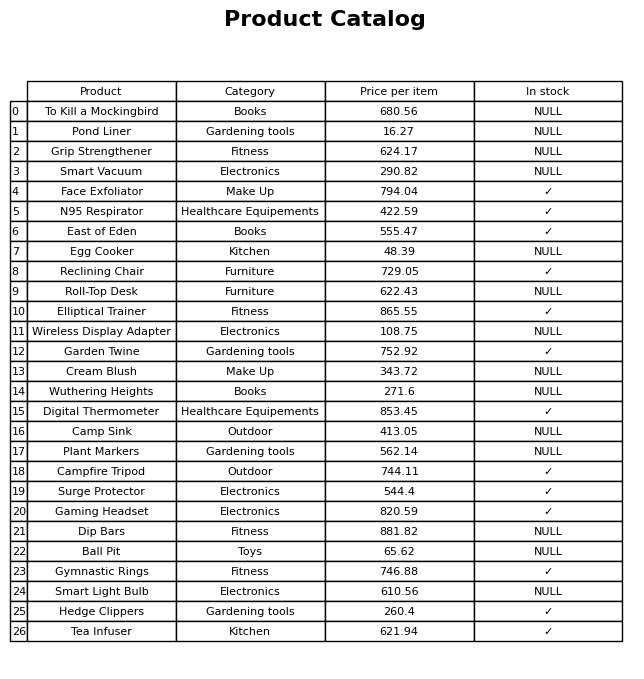
question: What is the price of the N95 Respirator?
answer: The price of N95 Respirator is 422.59.